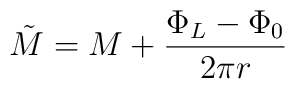
\tilde{M}=M+\frac{\Phi _{L}-\Phi _{0}}{2\pi r}